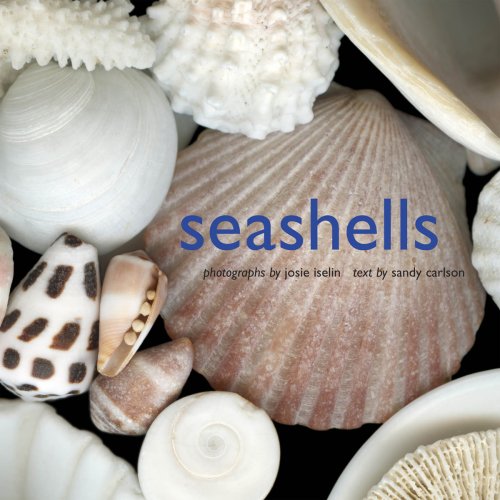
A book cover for Seashells; Josie Iselin; Arts & Photography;